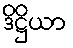
ဒိဋ္ဌိယာ